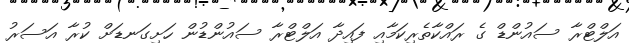
އަލްޓްރާ ސައުންޑް ގެ ރައްކާތެރިކަމާއި ފައިދާ އަލްޓްރާ ސައުންޑުން ހަށިގަނޑަށް ކުރާ އަސަރު